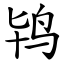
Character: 鸨